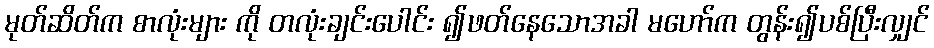
မုတ်ဆိတ်က စာလုံးများ ကို တလုံးချင်းပေါင်း ၍ဖတ်နေသောအခါ မဟော်က တွန်း၍ပစ်ပြီးလျှင်